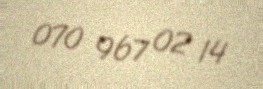
070 967 02 14